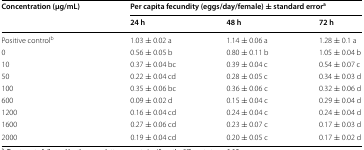
| <ROWSPAN=2> Concentration (μg/mL) | <COLSPAN=3> Per capita fecundity (eggs/day/female) ± standard errora |
 | 24 h | 48 h | 72 h |
 | --- | --- | --- | --- |
 | Positive controlb | 1.03 ± 0.02 a | 1.14 ± 0.06 a | 1.28 ± 0.1 a |
 | 0 | 0.56 ± 0.05 b | 0.80 ± 0.11 b | 1.05 ± 0.04 b |
 | 10 | 0.37 ± 0.04 bc | 0.39 ± 0.04 c | 0.54 ± 0.07 c |
 | 50 | 0.22 ± 0.04 cd | 0.28 ± 0.05 c | 0.34 ± 0.03 d |
 | 100 | 0.35 ± 0.06 bc | 0.36 ± 0.06 c | 0.32 ± 0.06 d |
 | 600 | 0.09 ± 0.02 d | 0.15 ± 0.04 c | 0.29 ± 0.04 d |
 | 1200 | 0.16 ± 0.04 cd | 0.24 ± 0.04 c | 0.24 ± 0.04 d |
 | 1600 | 0.27 ± 0.06 cd | 0.23 ± 0.07 c | 0.17 ± 0.03 d |
 | 2000 | 0.19 ± 0.04 cd | 0.20 ± 0.05 c | 0.17 ± 0.02 d |